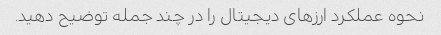
نحوه عملکرد ارزهای دیجیتال را در چند جمله توضیح دهید.